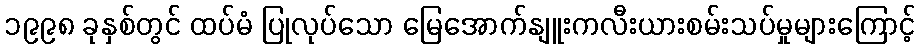
၁၉၉၈ ခုနှစ်တွင် ထပ်မံ ပြုလုပ်သော မြေအောက်နျူးကလီးယားစမ်းသပ်မှုများကြောင့်